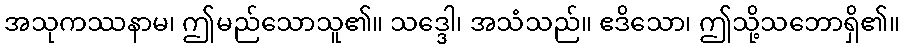
အသုကဿနာမ၊ ဤမည်သောသူ၏။ သဒ္ဒေါ၊ အသံသည်။ ဧဒိသော၊ ဤသို့သဘောရှိ၏။